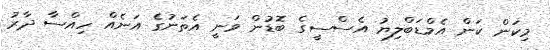
މިކަން ކަން އެމްޑަބްލިޔު އެސްސީގެ ބޮޑުން ވަނީ އެތަނުގެ އަނެއް ހިއްސާ ދާރު